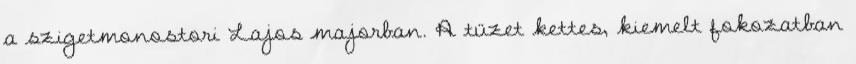
a szigetmonostori Lajos majorban. A tüzet kettes, kiemelt fokozatban